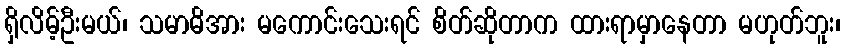
ရှိလိမ့်ဦးမယ်၊ သမာဓိအား မကောင်းသေးရင် စိတ်ဆိုတာက ထားရာမှာနေတာ မဟုတ်ဘူး၊